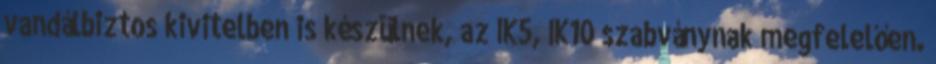
vandálbiztos kivitelben is készülnek, az IK5, IK10 szabványnak megfelelően.